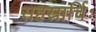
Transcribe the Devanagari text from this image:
सहस्रार्चिः